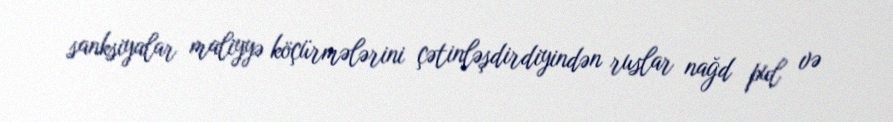
sanksiyalar maliyyə köçürmələrini çətinləşdirdiyindən ruslar nağd pul və